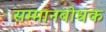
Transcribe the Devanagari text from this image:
सम्मानबोधक